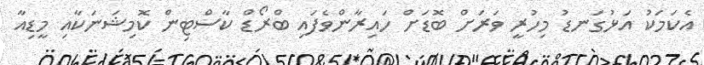
އެކަމަކު އަޅުގަނޑު މިހުރީ ވަރަށް ބޮޑަށް ހައިރާންވެފައި ބްރޯޑް ކާސްޓިން ކޮމިޝަނަކާއި މީޑިއާ